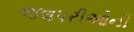
જલપરીઓની